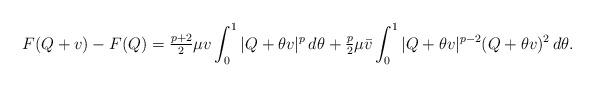
LaTeX: \begin{align*}F(Q+v)-F(Q)=\tfrac{p+2}{2}\mu v\int_0^1 |Q+\theta v|^p\,d\theta + \tfrac{p}{2}\mu\bar v\int_0^1 |Q+\theta v|^{p-2}(Q+\theta v)^2\,d\theta. \end{align*}